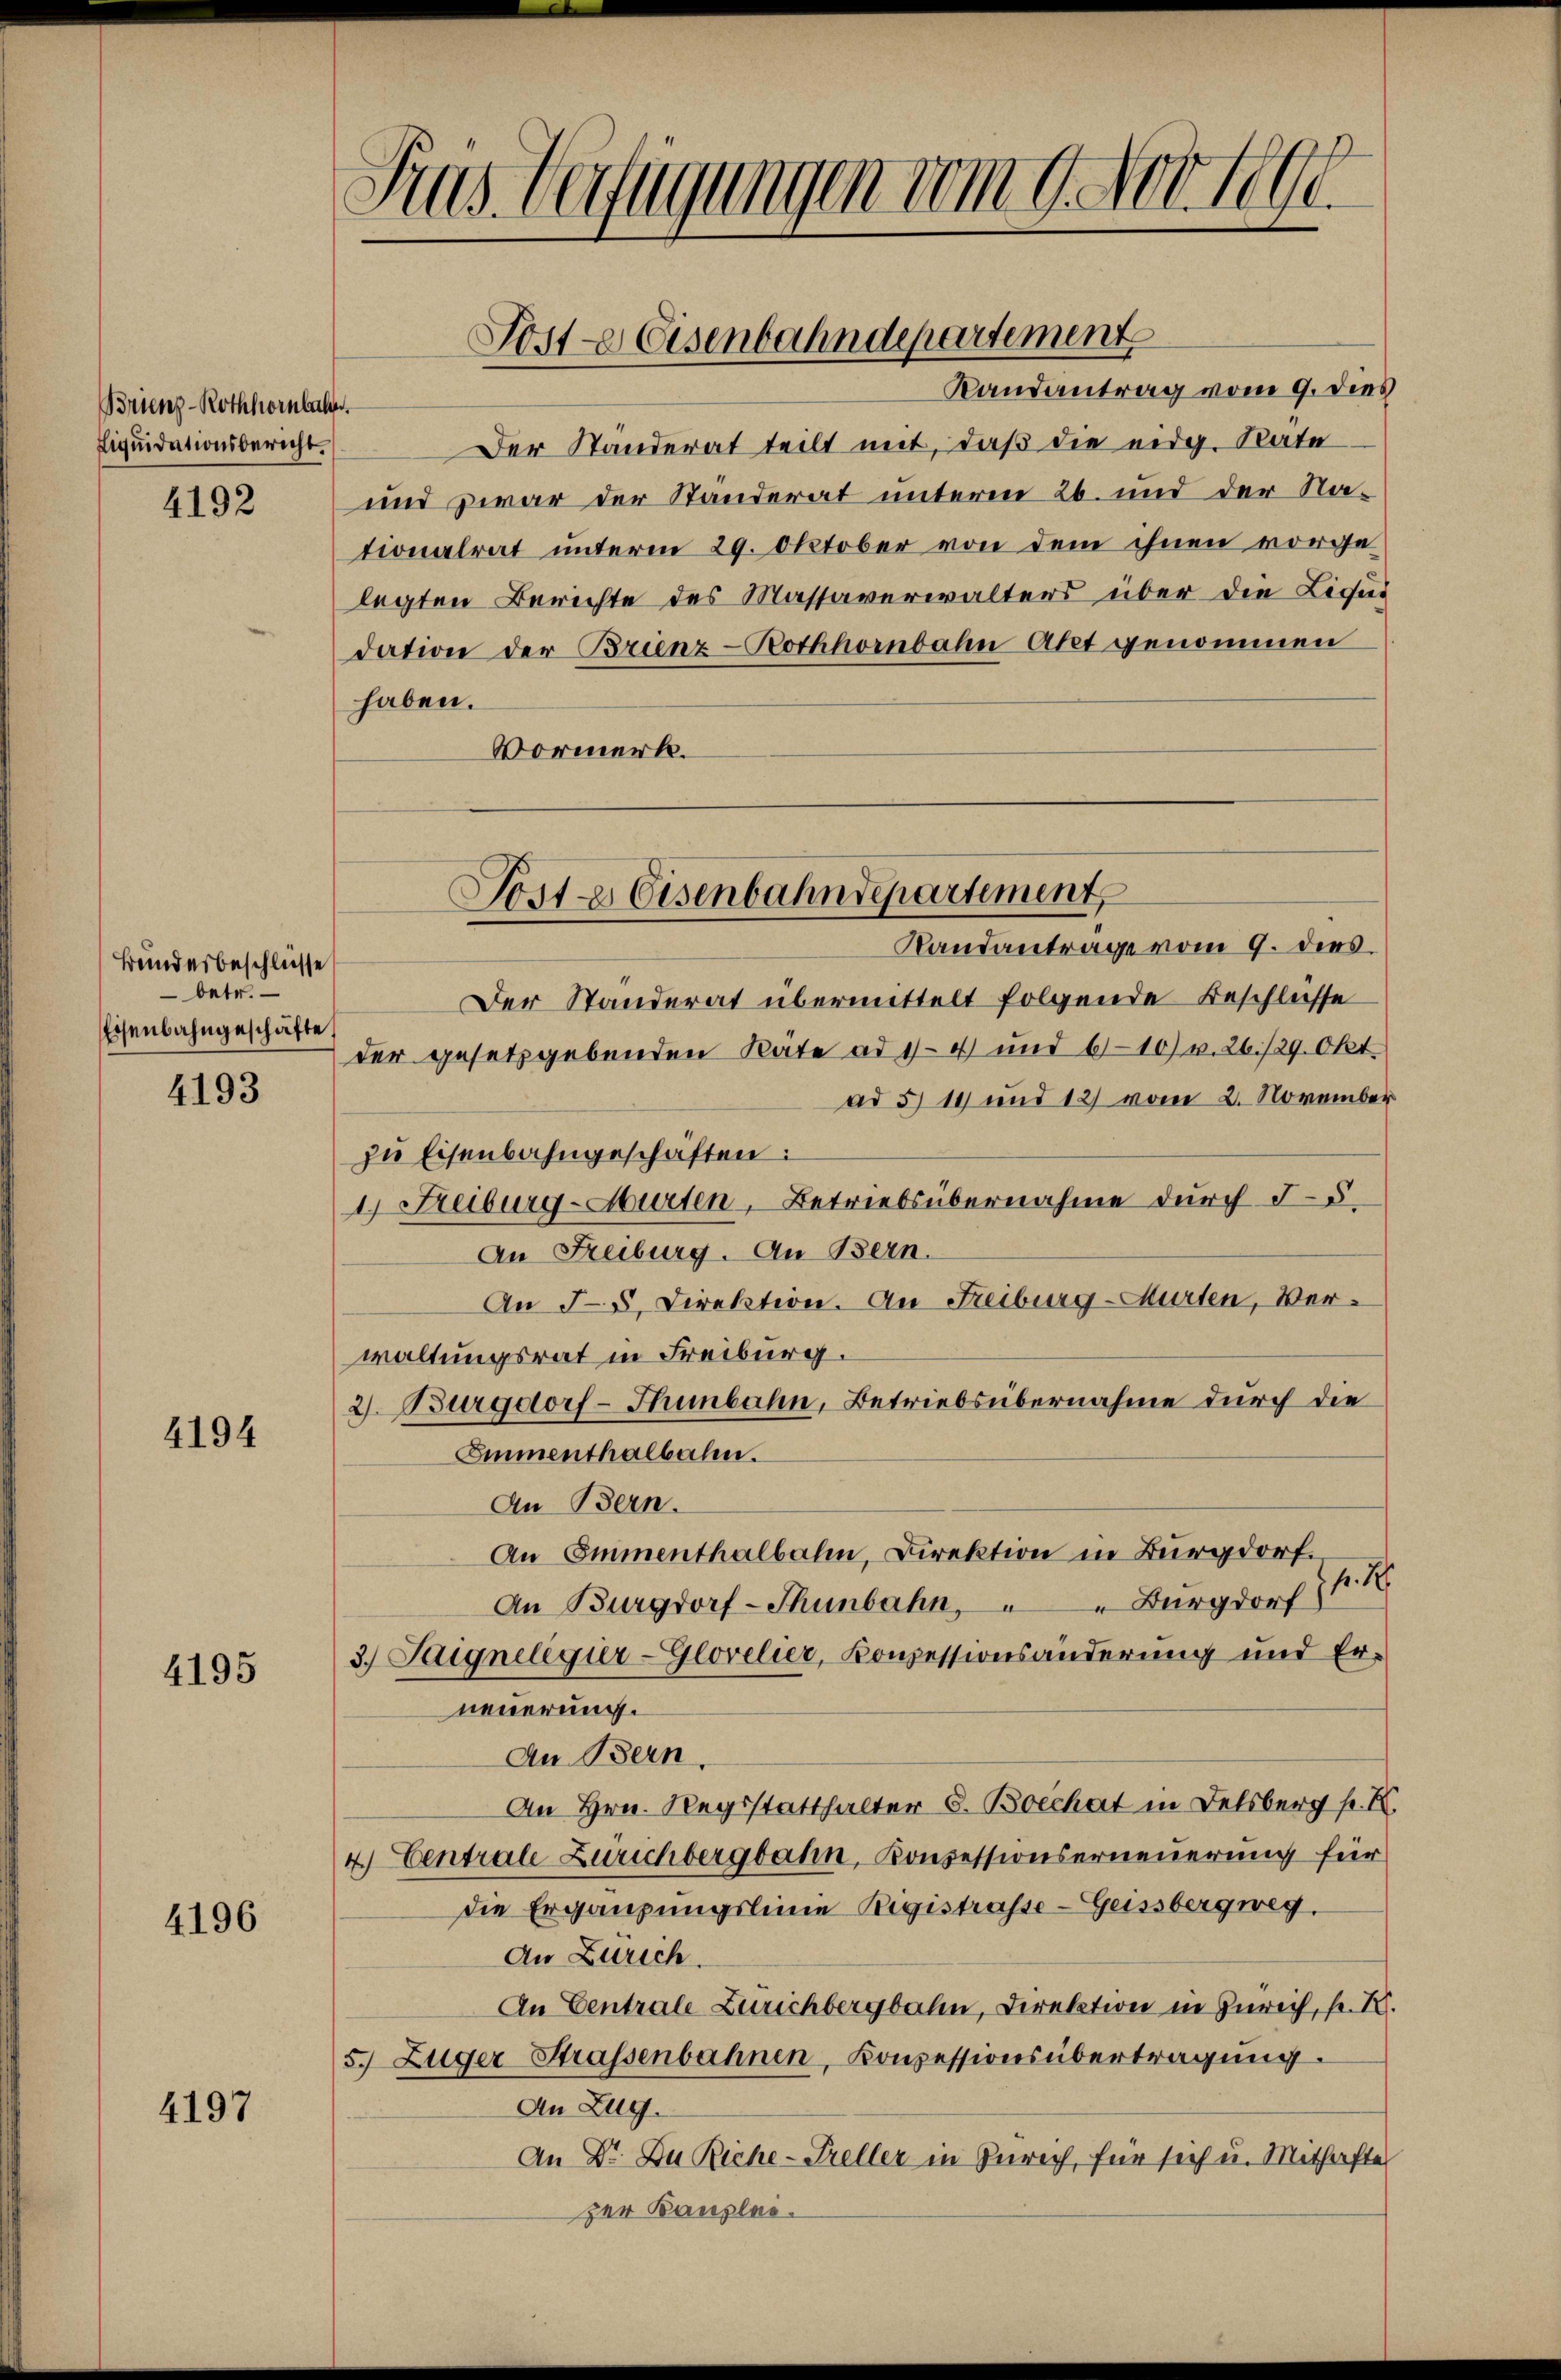
Brienz-Rothhornhalter
Liquidationsbericht.

4192

Bundesbeschlüsse
betr.
Eisenbahngeschäfte,

4193

4194

4195

4196

4197

Gras Verfügungen vom 9. Nov. 1890.

Randantrag vom 9. dies
Der Standerat teilt mit, daß die eidg. Rate
und zwar der Ständerat unteren 26. und der Nationalrat unterm 29. Oktober von dem ihnen vorge
legten Berichte des Massaverwalters über die Liqui
dation der Brienz-Rothhornbahn Akt genommen
haben.
Vormerk.

Post- & Eisenbahndepartement

Poste Eisenbahndepartement
Randantrage vom 9. dies

Der Standerat übermittelt folgende Beschlüsse
der gesetzgebenden Räte ad 114 und 6110) v. 26./29. Okt.
ad 514 und 12) vom 2. November
zu Eisenbahngeschäften:
1. Freiburg-Murten, Betriebsübernahme durch 55
An Freiburg. An Bern.
An 55. Direktion. An Freiburg-Murten, Verwaltungsrat in Freiburg.
2. Burgdorf - Thunbahn, Betriebsübernahme durch die
Emmenthalbahn.
An Bern.
An Emmenthalbahn, Direktion in Burgdorf.
1. 2
An Burgdorf-Thunbahn, " " Burgdorf
3.) Saignelegier-Glovelier, Konzessionsänderung und Er-
neuerung.
An Bern.
An Hrn. Regsstatthalter 8. Boechat in Felsberg p. K.
4 Centrale Zürichbergbahn, Konsessionserneuerung für
die Ergänzungslinie Registrasse - Geissbergweg.
An Zürich.
An Centrale Zürichbergbahn, Direktion in Zürich, fr. R.
5.) Zuger Strassenbahnen, Konzessionsübertragung.
An Zug.
An Dr. Du Riche-Freller in Zürich, für sich u. Mithafte
zer Bauplee.